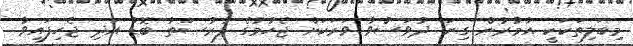
މިބަލިތަކަކީ އުމުރުން ގިނަ ދުވަސްވާ ވަރަކަށް ޖެހުމުގެ ފުރުޞަތު ބޮޑު އަދި ޖެހިފައިވާ